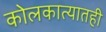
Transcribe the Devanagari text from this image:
कोलकात्यातही